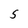
Character: S